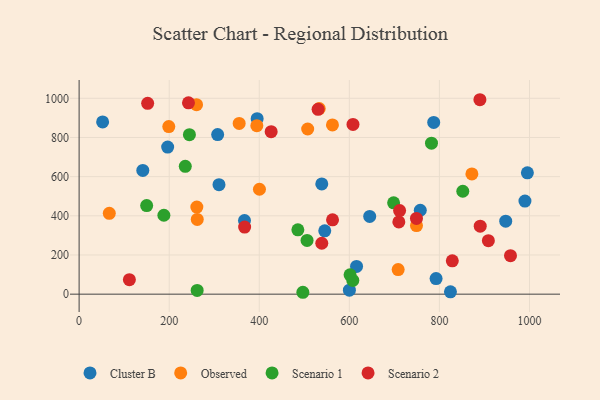
{"axis": {"x": "Price", "y": "Salary"}, "legend": ["Cluster B", "Observed", "Scenario 1", "Scenario 2"], "data": [{"x": "947.2", "y": 372.5, "type": "Cluster B"}, {"x": "310.6", "y": 558.8, "type": "Cluster B"}, {"x": "792.6", "y": 79.3, "type": "Cluster B"}, {"x": "757.5", "y": 428.5, "type": "Cluster B"}, {"x": "545.4", "y": 323.5, "type": "Cluster B"}, {"x": "52.2", "y": 879.1, "type": "Cluster B"}, {"x": "787.3", "y": 876.9, "type": "Cluster B"}, {"x": "600.1", "y": 20.3, "type": "Cluster B"}, {"x": "196.6", "y": 751.0, "type": "Cluster B"}, {"x": "989.9", "y": 475.3, "type": "Cluster B"}, {"x": "141.4", "y": 631.5, "type": "Cluster B"}, {"x": "395.3", "y": 895.9, "type": "Cluster B"}, {"x": "367.2", "y": 375.5, "type": "Cluster B"}, {"x": "824.5", "y": 11.8, "type": "Cluster B"}, {"x": "307.6", "y": 814.6, "type": "Cluster B"}, {"x": "645.2", "y": 396.9, "type": "Cluster B"}, {"x": "538.8", "y": 562.8, "type": "Cluster B"}, {"x": "616.0", "y": 141.7, "type": "Cluster B"}, {"x": "995.3", "y": 619.7, "type": "Cluster B"}, {"x": "355.4", "y": 871.6, "type": "Observed"}, {"x": "533.1", "y": 947.4, "type": "Observed"}, {"x": "262.3", "y": 381.7, "type": "Observed"}, {"x": "708.4", "y": 125.5, "type": "Observed"}, {"x": "400.4", "y": 535.6, "type": "Observed"}, {"x": "67.0", "y": 412.8, "type": "Observed"}, {"x": "562.5", "y": 864.2, "type": "Observed"}, {"x": "394.6", "y": 860.2, "type": "Observed"}, {"x": "260.7", "y": 967.3, "type": "Observed"}, {"x": "749.1", "y": 350.1, "type": "Observed"}, {"x": "261.4", "y": 444.4, "type": "Observed"}, {"x": "872.1", "y": 613.9, "type": "Observed"}, {"x": "507.5", "y": 843.3, "type": "Observed"}, {"x": "199.1", "y": 855.5, "type": "Observed"}, {"x": "607.7", "y": 70.1, "type": "Scenario 1"}, {"x": "698.3", "y": 466.5, "type": "Scenario 1"}, {"x": "244.9", "y": 814.4, "type": "Scenario 1"}, {"x": "496.8", "y": 9.6, "type": "Scenario 1"}, {"x": "851.9", "y": 525.5, "type": "Scenario 1"}, {"x": "782.4", "y": 771.0, "type": "Scenario 1"}, {"x": "485.7", "y": 328.3, "type": "Scenario 1"}, {"x": "235.7", "y": 652.6, "type": "Scenario 1"}, {"x": "601.6", "y": 98.6, "type": "Scenario 1"}, {"x": "150.0", "y": 452.5, "type": "Scenario 1"}, {"x": "262.1", "y": 19.0, "type": "Scenario 1"}, {"x": "188.2", "y": 402.8, "type": "Scenario 1"}, {"x": "506.1", "y": 274.1, "type": "Scenario 1"}, {"x": "828.6", "y": 170.4, "type": "Scenario 2"}, {"x": "749.0", "y": 386.4, "type": "Scenario 2"}, {"x": "957.8", "y": 196.5, "type": "Scenario 2"}, {"x": "530.6", "y": 943.6, "type": "Scenario 2"}, {"x": "152.2", "y": 974.2, "type": "Scenario 2"}, {"x": "709.9", "y": 369.0, "type": "Scenario 2"}, {"x": "111.6", "y": 73.9, "type": "Scenario 2"}, {"x": "608.1", "y": 866.8, "type": "Scenario 2"}, {"x": "242.8", "y": 976.8, "type": "Scenario 2"}, {"x": "538.8", "y": 260.0, "type": "Scenario 2"}, {"x": "367.5", "y": 342.7, "type": "Scenario 2"}, {"x": "426.4", "y": 829.8, "type": "Scenario 2"}, {"x": "711.6", "y": 426.6, "type": "Scenario 2"}, {"x": "562.7", "y": 379.6, "type": "Scenario 2"}, {"x": "889.9", "y": 992.7, "type": "Scenario 2"}, {"x": "890.6", "y": 346.9, "type": "Scenario 2"}, {"x": "908.7", "y": 273.1, "type": "Scenario 2"}]}